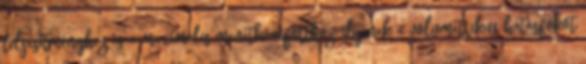
teljesítményhez és a maximális menetkomforthoz: ilyenek a volumetrikus hatásfokot